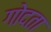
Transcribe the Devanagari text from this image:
गोदता